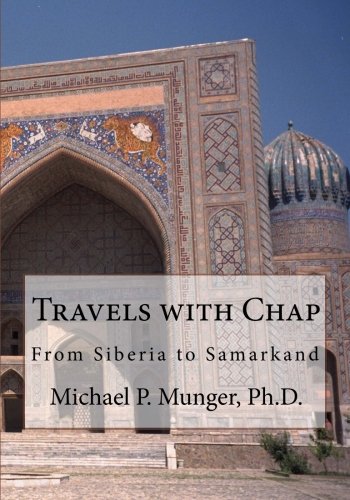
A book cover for Travels with Chap: From Siberia to Samarkand; Michael P. Munger Ph.D.; Travel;